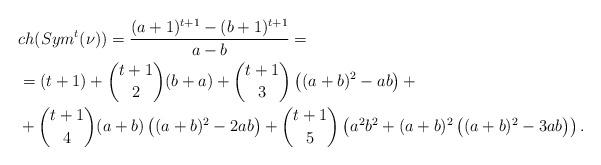
LaTeX: \begin{align*} &ch(Sym^t(\nu))=\frac{(a+1)^{t+1}-(b+1)^{t+1}}{a-b} = \\ &=(t+1) + {t+1 \choose 2} (b+a) + {t+1 \choose 3} \left((a+b)^2 - ab\right) + \\ &+{t+1 \choose 4} (a+b)\left((a+b)^2 - 2ab\right) + {t+1 \choose 5}\left(a^2b^2 + (a+b)^2\left((a+b)^2 - 3ab\right)\right). \end{align*}